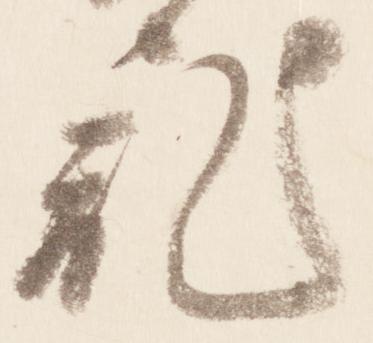
記